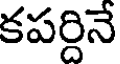
కపర్దినే